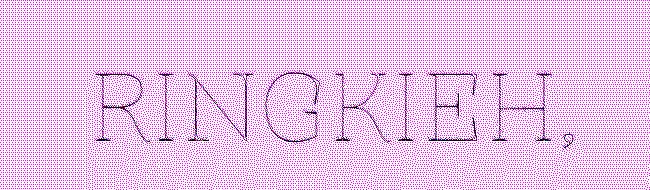
RINGKIEH,